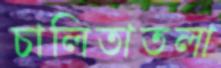
চালিতাতলা